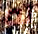
له